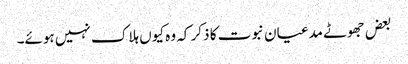
بعض جھوٹے مدعیان نبوت کا ذکر کہ وہ کیوں ہلاک نہیں ہوئے۔